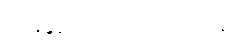
အနုပညာလှုပ်ရှားမှုတွေနဲ့။